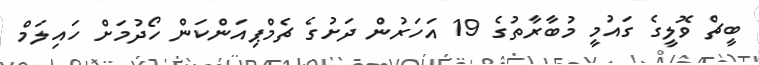
ބީޗް ވޮލީގެ ގައުމީ މުބާރާތުގެ 19 އަހަރުން ދަށުގެ ޗެމްޕިއަންކަން ހޯދުމަށް ހައިލަމް